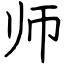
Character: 师